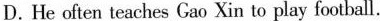
D. He often teaches Gao Xin to play foothall.